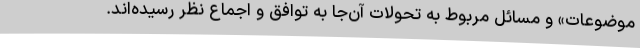
موضوعات» و مسائل مربوط به تحولات آن‌جا به توافق و اجماع نظر رسیده‌اند.